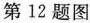
第12题图